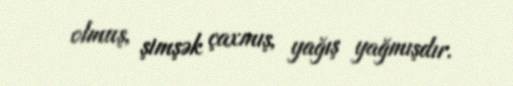
olmuş, şimşək çaxmış, yağış yağmışdır.